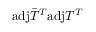
\mathrm { a d j } \bar { T } ^ { T } \mathrm { a d j } T ^ { T }